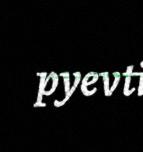
pyevti